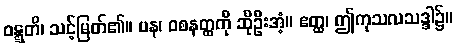
ဝဋ္ဋတိ၊ သင့်မြတ်၏။ ပန၊ ဝစနတ္ထကို ဆိုဦးအံ့။ ဧတ္ထ၊ ဤကုသလသဒ္ဒါ၌။